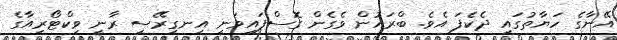
އޭނާގެ ހަޔާތުގައި ދެކެފަ އެވެ. ބްރައުން ވެގެން ގޮސްފައިވަނީ އިނގިރޭސި ރާނީ ވިކްޓޯރިއާގެ